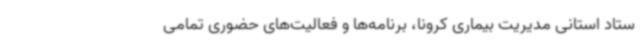
ستاد استانی مدیریت بیماری کرونا، برنامه‌ها و فعالیت‌های حضوری تمامی